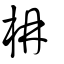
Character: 柟